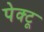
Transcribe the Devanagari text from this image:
पेक्टू